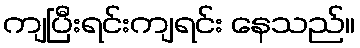
ကျပြီးရင်းကျရင်း နေသည်။